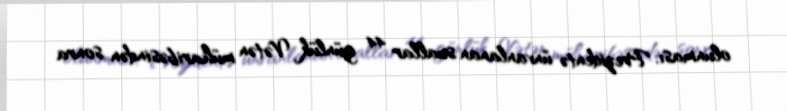
olunması, Prezidentə ünvanlanan suallar 44 günlük Vətən müharibəsindən sonra